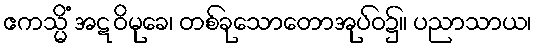
ဧကသ္မိံ အဋဝိမုခေ၊ တစ်ခုသောတောအုပ်ဝ၌။ ပညာသာယ၊